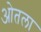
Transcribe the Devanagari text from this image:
ओतला